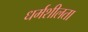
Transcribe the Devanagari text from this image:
धर्मशीलता